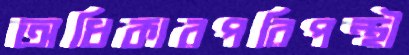
অধিকারপরিপন্থী